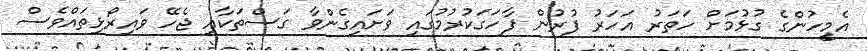
އެމީހުންގެ ގުޅުމަށް ހަތަރު އަހަރު ފުރުން ފާހަގަކުރުމުގައި ވަށައިގެންވާ ގަސްތަކާއި ޖެހޭ ވައިރޯޅިތައްވެސް